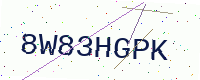
Text: 8W83HGPK